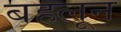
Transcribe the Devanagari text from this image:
बहलून